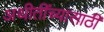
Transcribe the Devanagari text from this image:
अथीतींच्यासाठी